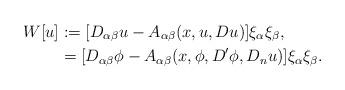
LaTeX: \begin{align*} W[u]&:= [D_{\alpha\beta}u - A_{\alpha\beta}(x,u,Du)]\xi_\alpha\xi_\beta,\\ &= [D_{\alpha\beta}\phi - A_{\alpha\beta}(x,\phi,D'\phi,D_nu)]\xi_\alpha\xi_\beta. \end{align*}